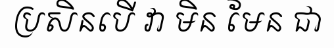
ប្រសិនបើ វា មិន មែន ជា